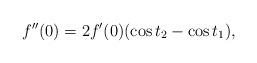
LaTeX: \begin{align*}f''(0)=2f'(0)(\cos t_2-\cos t_1),\end{align*}